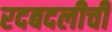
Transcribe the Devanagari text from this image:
रदबदलीची